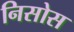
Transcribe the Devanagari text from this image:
निसोस